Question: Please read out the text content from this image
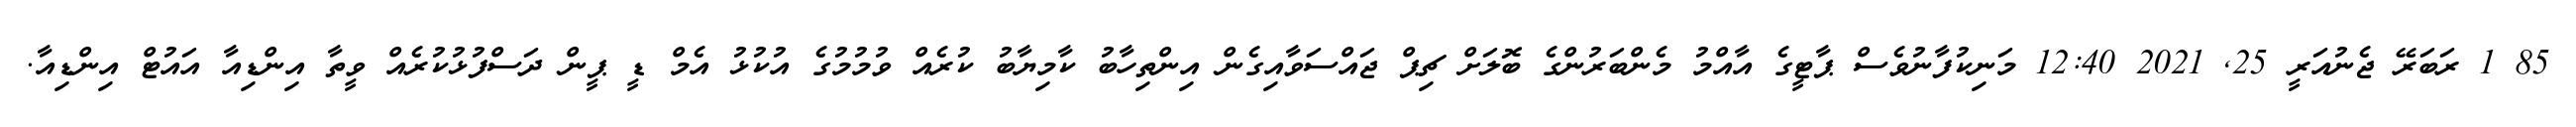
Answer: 85 1 ރަބަރޭ ޖެނުއަރީ 25, 2021 12:40 މަނިކުފާނުވެސް ޕާޓީގެ އާއްމު މެންބަރުންގެ ބޮލަށް ޗިޕް ޖައްސަވާއިގެން އިންތިހާބު ކާމިޔާބު ކުރެއް ވުމުމުގެ އުކުޅު އެމް ޑީ ޕީން ދަސްފުޅުކުރެއް ވީތާ އިންޑިއާ އައުޓް އިންޑިއާ.